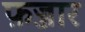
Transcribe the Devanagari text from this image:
फ़ज्जार